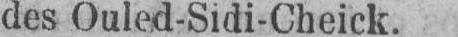
des Ouled-Sidi-Cheick.